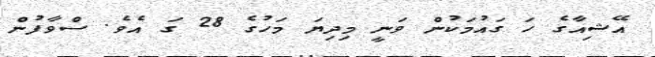
އޭޝިއާގެ ހަ ގައުމަކުން ވަނީ މިދިިޔަ މަހުގެ 28 ގަ އެވެ. ސްވާފުން